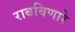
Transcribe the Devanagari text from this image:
राबविणारे